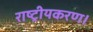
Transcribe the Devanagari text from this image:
राष्ट्रीयकरण।